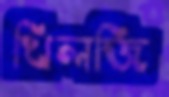
খিলজি